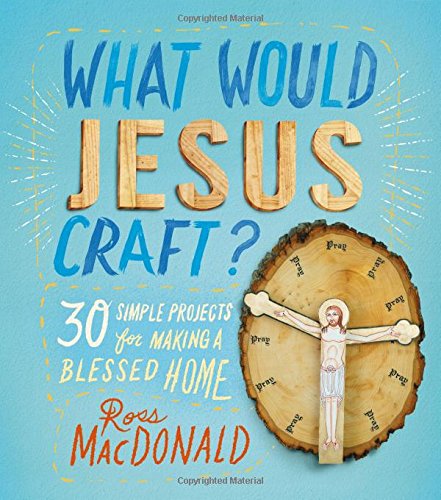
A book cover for What Would Jesus Craft?: 30 Simple Projects for Making a Blessed Home; Ross MacDonald; Humor & Entertainment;